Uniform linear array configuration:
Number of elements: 16
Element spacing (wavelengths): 0.75
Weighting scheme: exponential
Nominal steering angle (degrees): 45
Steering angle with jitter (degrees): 46.796
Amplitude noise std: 0.05
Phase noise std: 0.05

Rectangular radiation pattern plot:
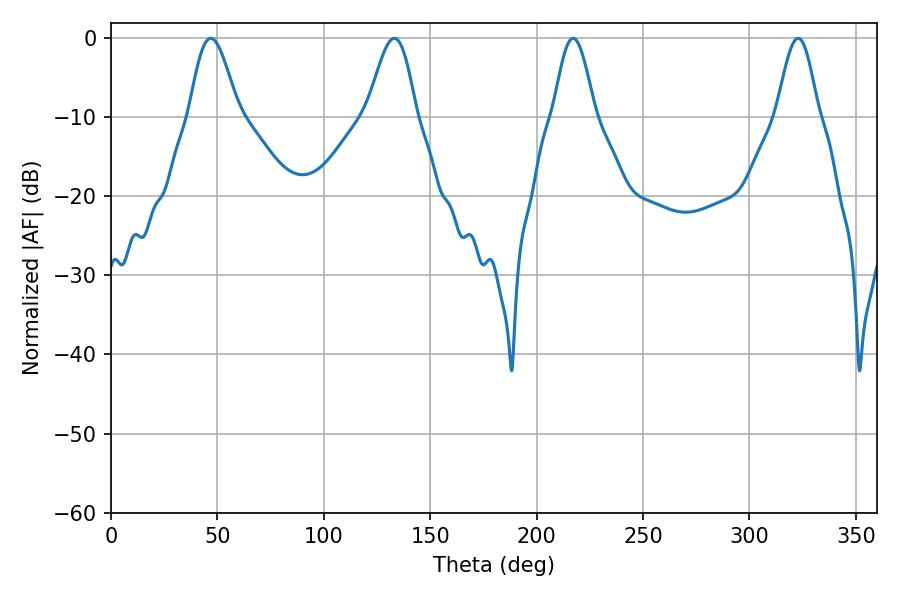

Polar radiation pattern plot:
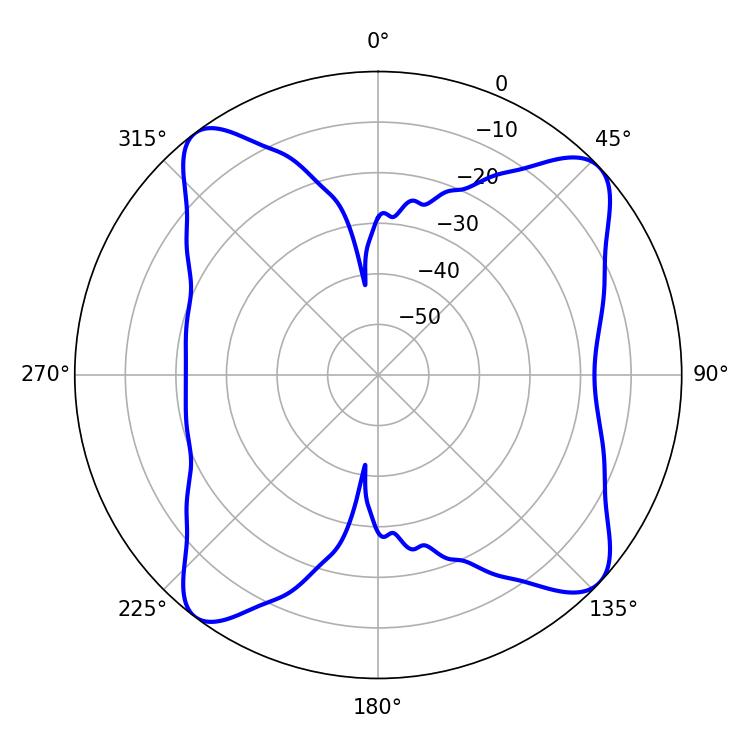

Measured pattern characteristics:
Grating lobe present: TRUE
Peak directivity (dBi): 11.988
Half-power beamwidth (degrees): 10.44
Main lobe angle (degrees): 217.08